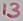
Text: 13